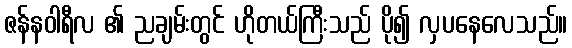
ဇန်နဝါရီလ ၏ ညချမ်းတွင် ဟိုတယ်ကြီးသည် ပို၍ လှပနေလေသည်။